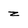
Character: z